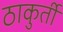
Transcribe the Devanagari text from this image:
ठाकुर्ती